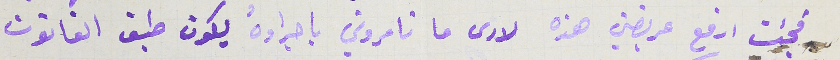
فجئت ارفع عريضتي هذه لارى ما تامروني باجراؤهُ يكون طبق القانون